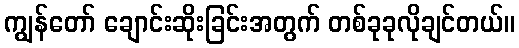
ကျွန်တော် ချောင်းဆိုးခြင်းအတွက် တစ်ခုခုလိုချင်တယ်။